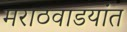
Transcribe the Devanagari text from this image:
मराठवाडयांत